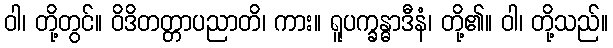
ဝါ၊ တို့တွင်။ ဝိဒိတတ္တာပညာတိ၊ ကား။ ရူပက္ခန္ဓာဒီနံ၊ တို့၏။ ဝါ၊ တို့သည်။